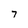
Character: 7